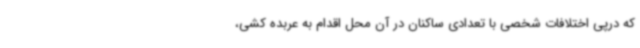
که درپی اختلافات شخصی با تعدادی ساکنان در آن محل اقدام به عربده کشی،